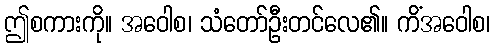
ဤစကားကို။ အဝေါစ၊ သံတော်ဦးတင်လေ၏။ ကိံအဝေါစ၊